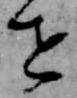
せ